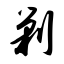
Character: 剿